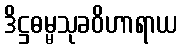
ဒိဋ္ဌဓမ္မသုခဝိဟာရာယ